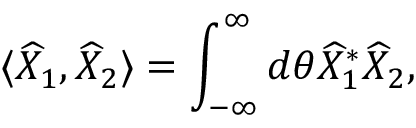
\langle \widehat { X } _ { 1 } , \widehat { X } _ { 2 } \rangle = \int _ { - \infty } ^ { \infty } d \theta \widehat { X } _ { 1 } ^ { * } \widehat { X } _ { 2 } ,